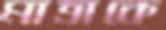
মাত্রাকে